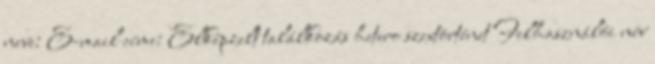
neve: E-mail címe: Elképzelt találkozás hetero szextörténet Felhasználói név